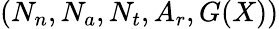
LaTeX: (N_{n},N_{a},N_{t},A_{r},G(X))